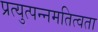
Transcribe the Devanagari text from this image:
प्रत्युत्पन्नमतित्वता